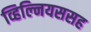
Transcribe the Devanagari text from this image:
व्हिल्नियससह